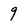
Character: 9